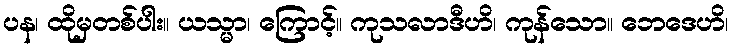
ပန၊ ထိုမှတစ်ပါး။ ယသ္မာ၊ ကြောင့်။ ကုသလာဒီဟိ၊ ကုန်သော။ ဘေဒေဟိ၊